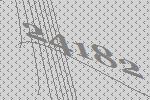
24182